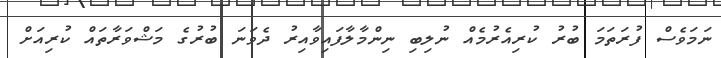
ނަމަވެސް ފުރަތަމަ ބުރު ކުރިއެރުމެއް ނުލިބި ނިންމާލާފައިވާއިރު ދެވަނަ ބުރުގެ މަޝްވަރާތައް ކުރިއަށް